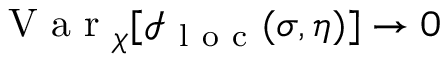
\mathrm { ~ V ~ a ~ r ~ } _ { \chi } [ \mathcal { I } _ { \mathrm { ~ l ~ o ~ c ~ } } ( \sigma , \eta ) ] \rightarrow 0